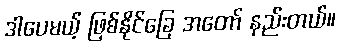
ဒါပေမယ့် ဖြစ်နိုင်ခြေ အတော် နည်းတယ်။